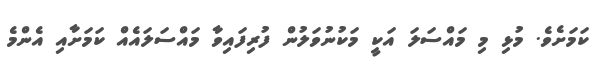
ކަމަށެވެ. މުޅި މި މައްސަލަ އަކީ މަކުނުވަލުން ފުރިފައިވާ މައްސަލައެއް ކަމަށާއި އެންމެ